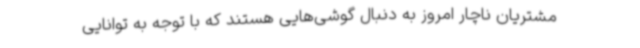
مشتریان ناچار امروز به دنبال گوشی‌هایی هستند که با توجه به توانایی